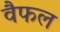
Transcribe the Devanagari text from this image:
वैफल